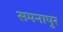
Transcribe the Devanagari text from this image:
समनापुर